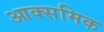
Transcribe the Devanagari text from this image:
आक्समिक